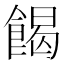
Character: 餲